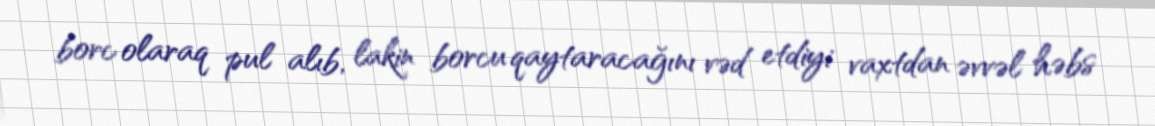
borc olaraq pul alıb, lakin borcu qaytaracağını vəd etdiyi vaxtdan əvvəl həbs